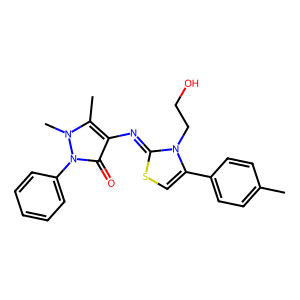
SMILES: Cc1ccc(-c2csc(=Nc3c(C)n(C)n(-c4ccccc4)c3=O)n2CCO)cc1
Inhibits HIV replication: No